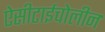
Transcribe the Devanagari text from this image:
ऐसीटाईचोलीन